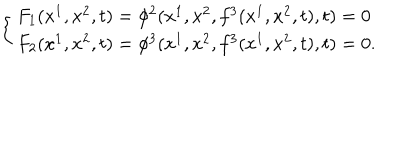
\left\{ \begin{array} { l } { { F _ { 1 } ( x ^ { 1 } , x ^ { 2 } , t ) = \phi ^ { 2 } ( x ^ { 1 } , x ^ { 2 } , f ^ { 3 } ( x ^ { 1 } , x ^ { 2 } , t ) , t ) = 0 } } \\ { { F _ { 2 } ( x ^ { 1 } , x ^ { 2 } , t ) = \phi ^ { 3 } ( x ^ { 1 } , x ^ { 2 } , f ^ { 3 } ( x ^ { 1 } , x ^ { 2 } , t ) , t ) = 0 . } } \\ \end{array} \right.